Report on vaccination in Madras 1895-1903 - 1895-1903
Year: 1895
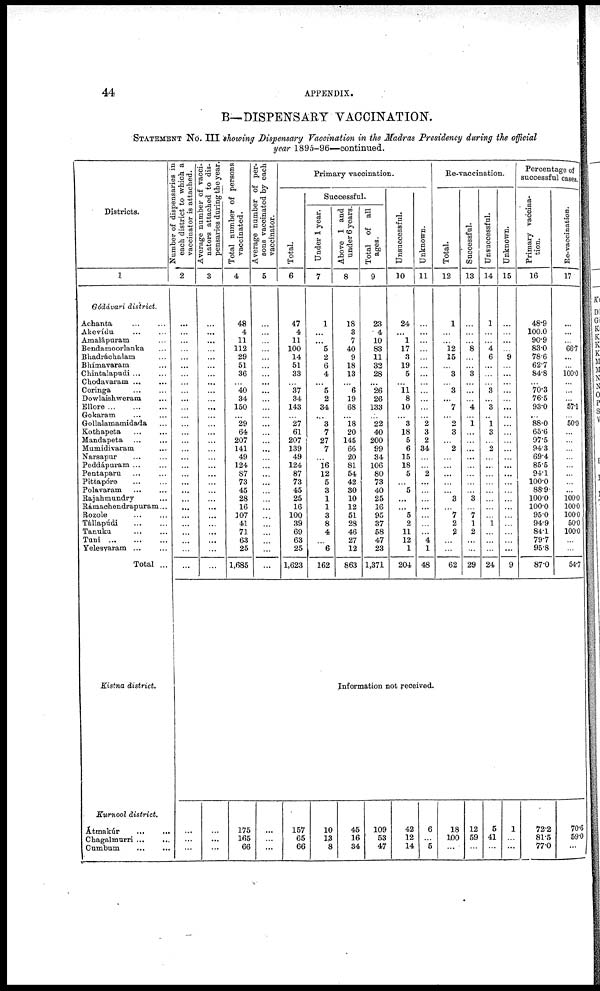
44
APPENDIX.
B— DISPENSARY VACCINATION.
STATEMENT No. III showing Dispensary Vaccination in the Madras Presidency during the official
year 1895-96—continued.
Districts.
1
Gódávari district.
Achanta ... ...
Akevídu ... ...
Amalápuram ...
Bendamoorlanka ...
Bhadráchalam ...
Bhímavaram ...
Chintalapudi ... ...
Chodavaram ... ...
Coringa ... ...
Dowlaishweram ...
Ellore
...
...
...
Gokaram ... ...
Gollalamamidada ...
Kothapeta ... ...
Mandapeta ... ...
Mumidivaram ...
Narsapur ... ...
Peddápuram ... ...
Pentaparu ... ...
Pittapóre ... ...
Polavaram
...
...
Rajahmundry ...
Rámachendrapuram...
Rozole ... ...
Tállapúdi
...
...
Tanuku
...
...
Tuni
...
...
...
Yelesyaram ... ...
Total ...
Kistna district.
Kurnool district.
Átmakúr
...
...
Chagalmurri ... ...
Cumbum
...
...
Number of dispensaries in
each district to which a
vaccinator is attached.
2
...
...
...
...
...
...
...
...
...
...
...
...
...
...
...
...
...
...
...
...
...
...
...
...
...
...
...
...
...
Average number of vacci-
nators attached to dis-
pensaries during the year.
3
...
...
...
...
...
...
...
...
...
...
...
...
...
...
...
...
...
...
...
...
...
...
...
...
...
...
...
...
...
Total number of persons
vaccinated.
4
48
4
11
112
29
51
36
...
40
34
150
...
29
64
207
141
49
124
87
73
45
28
16
107
41
71
63
25
1,685
Average number of per-
sons vaccinated by each
vaccinator.
5
...
...
...
...
...
...
...
...
...
...
...
...
...
...
...
...
...
...
...
...
...
...
...
...
...
...
...
...
...
Primary vaccination.
Total.
6
47
4
11
100
14
51
33
...
37
34
143
...
27
61
207
139
49
124
87
73
45
25
16
100
39
69
63
25
1,623
Successful.
Under 1 year.
7
1
...
...
5
2
6
4
...
5
2
34
...
3
7
27
7
...
16
12
5
3
1
1
3
8
4
...
6
162
Above 1 and
under 6 years.
8
18
3
7
40
9
18
13
...
6
19
68
...
18
20
145
66
20
81
54
42
30
10
12
51
28
46
27
12
863
Total of all
ages.
9
23
4
10
83
11
32
28
...
26
26
133
...
22
40
200
99
34
106
80
73
40
25
16
95
37
58
47
23
1,371
Unsuccessful.
10
24
...
1
17
3
19
5
...
11
8
10
...
3
18
5
6
15
18
5
...
5
...
...
5
2
11
12
1
204
Unknown.
11
...
...
...
...
...
...
...
...
...
...
...
...
2
3
2
34
...
...
2
...
...
...
...
...
...
...
4
1
48
Re-vaccination.
Total.
12
1
...
...
12
15
...
3
...
3
...
7
...
2
3
...
2
...
...
...
...
...
3
...
7
2
2
...
...
62
Successful.
13
...
...
...
8
...
...
3
...
...
...
4
...
1
...
...
...
...
...
...
...
...
3
...
7
1
2
...
...
29
Unsuccessful.
14
1
...
...
4
6
...
...
...
3
...
3
...
1
3
...
2
...
...
...
...
...
...
...
...
1
...
...
...
24
Unknown.
15
...
...
...
...
9
...
...
...
...
...
...
...
...
...
...
...
...
...
...
...
...
...
...
...
...
...
...
...
9
Percentage of
successful cases.
Primary vaccina-
tion.
16
48.9
100.0
90.9
83.0
78.6
62.7
84.8
...
70.3
76.5
93.0
...
88.0
65.6
97.5
94.3
69.4
85.5
94.1
100.0
88.9
100.0
100.0
95.0
94.9
84.1
79.7
95.8
87.0
Re-vaccination.
17
...
...
...
66.7
...
...
100.0
...
...
...
57.1
...
50.0
...
...
...
...
...
...
...
...
100.0
100.0
100.0
50.0
100.0
...
...
54.7
Information not received.
...
...
...
...
...
...
175
165
66
...
...
...
157
65
66
10
13
8
45
16
34
109
53
47
42
12
14
6
...
5
18
100
...
12
59
...
5
41
...
1
...
...
72.2
81.5
77.0
70.6
59.0
...